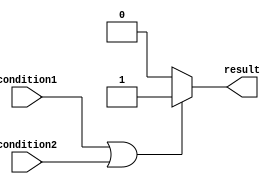
module conditional_example (
    input wire condition1,
    input wire condition2,
    output reg result
);

always @ (condition1 or condition2)
begin
    if (condition1 || condition2) begin
        // Execute this block of code if either condition1 or condition2 is true
        result <= 1;
    end
    else begin
        // Execute this block of code if neither condition1 nor condition2 is true
        result <= 0;
    end
end

endmodule